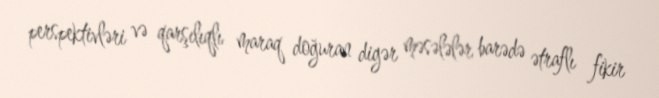
perspektivləri və qarşılıqlı maraq doğuran digər məsələlər barədə ətraflı fikir